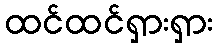
ထင်ထင်ရှားရှား